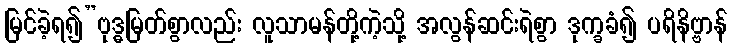
မြင်ခဲ့ရ၍”ဗုဒ္ဓမြတ်စွာလည်း လူသာမန်တို့ကဲ့သို့ အလွန်ဆင်းရဲစွာ ဒုက္ခခံ၍ ပရိနိဗ္ဗာန်